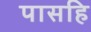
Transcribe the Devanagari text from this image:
पासहि